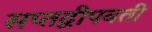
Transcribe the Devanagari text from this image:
सप्तद्वीपवती